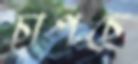
চাপছে